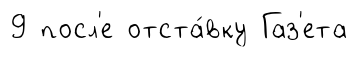
9 посл'е отста́вку Газ'ета